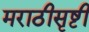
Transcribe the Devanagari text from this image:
मराठीसृष्टी